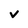
Character: v